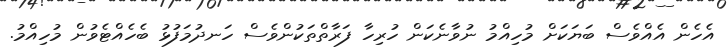
އެހެން އެއްވެސް ބަޔަކަށް މުހިއްމު ނުވާނެކަން ހުރިހާ ފަރާތްތަކުންވެސް ހަނދުމަފުޅު ބެހެއްޓެވުން މުހިއްމު.